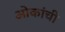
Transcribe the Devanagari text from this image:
ओकांची